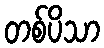
တစ်ပိသာ